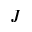
J